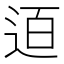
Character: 𨒹